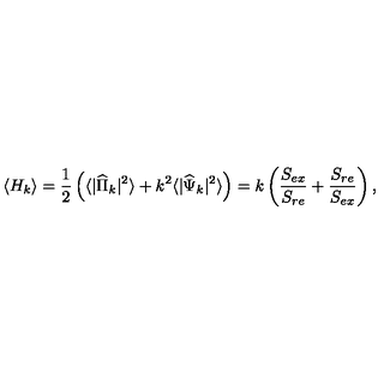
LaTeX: \langle H _ { k } \rangle = { \frac { 1 } { 2 } } \left( \langle | { \widehat \Pi } _ { k } | ^ { 2 } \rangle + k ^ { 2 } \langle | { \widehat \Psi } _ { k } | ^ { 2 } \rangle \right) = k \left( { \frac { S _ { e x } } { S _ { r e } } } + { \frac { S _ { r e } } { S _ { e x } } } \right) ,